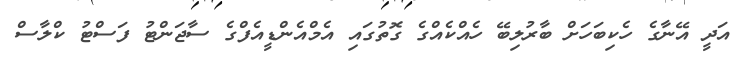
އަދީ އޭނާގެ ހެކިބަހަށް ބާރުލިބޭ ހެއްކެއްގެ ގޮތުގައި އެމްއެންޑީއެފްގެ ސާޖަންޓު ފަސްޓު ކްލާސް